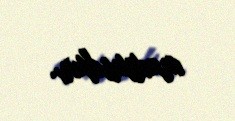
məxsusdur.